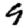
Digit: 9